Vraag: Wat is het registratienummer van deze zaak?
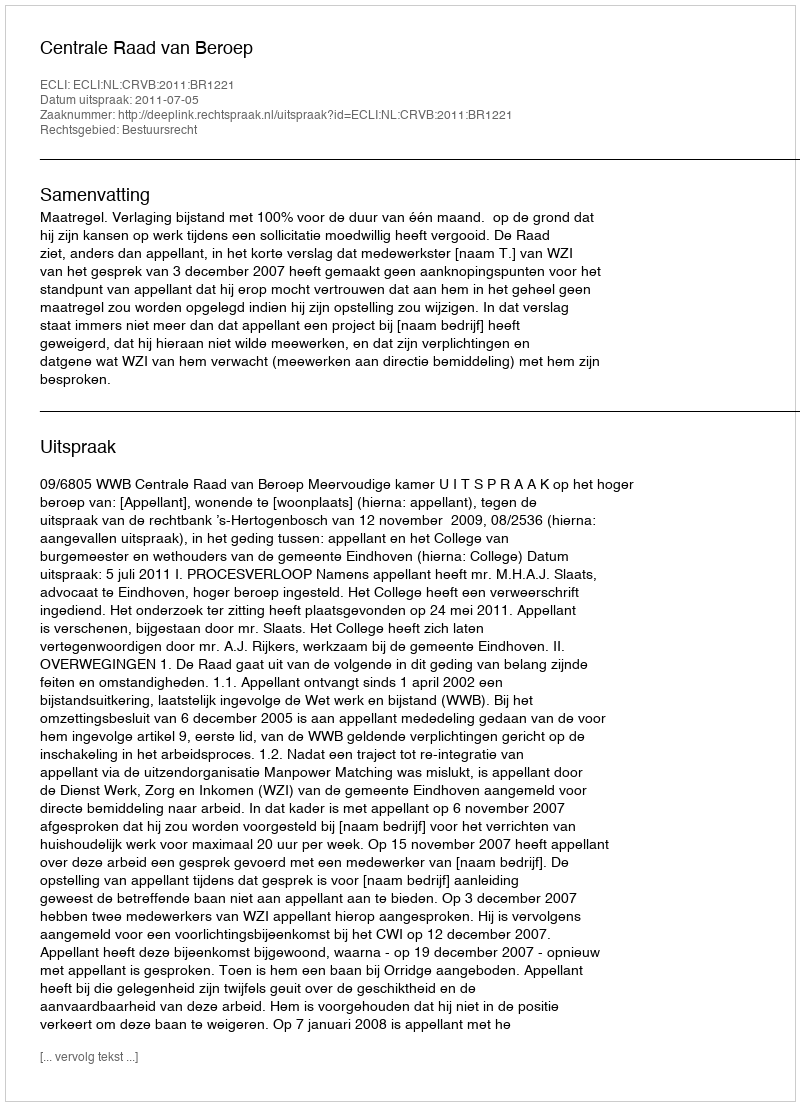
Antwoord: http://deeplink.rechtspraak.nl/uitspraak?id=ECLI:NL:CRVB:2011:BR1221